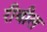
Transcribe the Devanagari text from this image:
रीवील